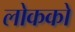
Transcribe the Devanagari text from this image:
लोकको